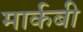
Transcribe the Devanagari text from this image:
मार्कबी